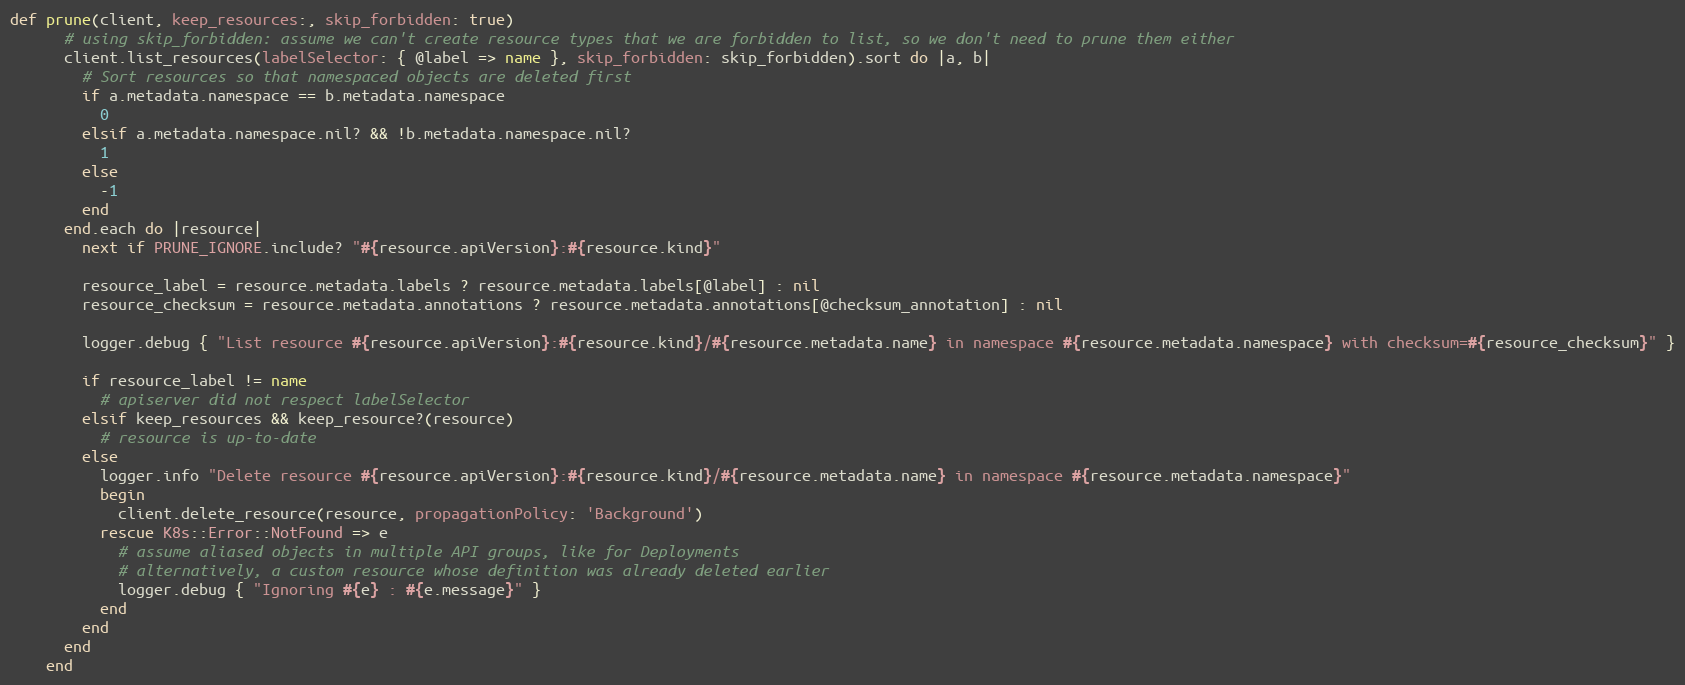
Language: Ruby
def prune(client, keep_resources:, skip_forbidden: true)
      # using skip_forbidden: assume we can't create resource types that we are forbidden to list, so we don't need to prune them either
      client.list_resources(labelSelector: { @label => name }, skip_forbidden: skip_forbidden).sort do |a, b|
        # Sort resources so that namespaced objects are deleted first
        if a.metadata.namespace == b.metadata.namespace
          0
        elsif a.metadata.namespace.nil? && !b.metadata.namespace.nil?
          1
        else
          -1
        end
      end.each do |resource|
        next if PRUNE_IGNORE.include? "#{resource.apiVersion}:#{resource.kind}"

        resource_label = resource.metadata.labels ? resource.metadata.labels[@label] : nil
        resource_checksum = resource.metadata.annotations ? resource.metadata.annotations[@checksum_annotation] : nil

        logger.debug { "List resource #{resource.apiVersion}:#{resource.kind}/#{resource.metadata.name} in namespace #{resource.metadata.namespace} with checksum=#{resource_checksum}" }

        if resource_label != name
          # apiserver did not respect labelSelector
        elsif keep_resources && keep_resource?(resource)
          # resource is up-to-date
        else
          logger.info "Delete resource #{resource.apiVersion}:#{resource.kind}/#{resource.metadata.name} in namespace #{resource.metadata.namespace}"
          begin
            client.delete_resource(resource, propagationPolicy: 'Background')
          rescue K8s::Error::NotFound => e
            # assume aliased objects in multiple API groups, like for Deployments
            # alternatively, a custom resource whose definition was already deleted earlier
            logger.debug { "Ignoring #{e} : #{e.message}" }
          end
        end
      end
    end